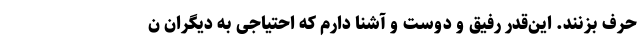
حرف بزنند. این‌قدر رفیق و دوست و آشنا دارم که احتیاجی به دیگران ن